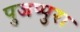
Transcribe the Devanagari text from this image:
पुजप्पुरा